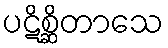
ပဋိစ္ဆိတာသေ